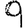
Digit: 9